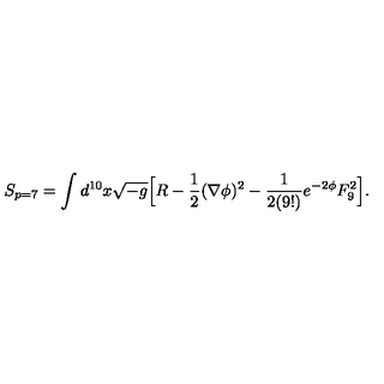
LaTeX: S _ { p = 7 } = \int d ^ { 1 0 } x \sqrt { - g } \Big [ R - { \frac { 1 } { 2 } } ( \nabla \phi ) ^ { 2 } - { \frac { 1 } { 2 ( 9 ! ) } } e ^ { - 2 \phi } F _ { 9 } ^ { 2 } \Big ] .